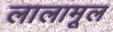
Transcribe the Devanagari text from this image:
लालामूल